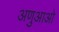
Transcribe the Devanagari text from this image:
अणुआओ